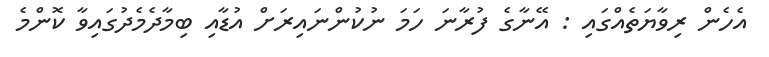
އެހެން ރިވާޔަތެއްގައި : އޭނާގެ ފުރާނަ ހަމަ ނުކުންނައިރަށް އުޑާއި ބިމާދެމެދުގައިވާ ކޮންމެ